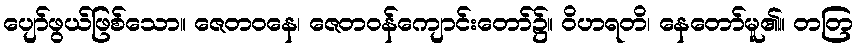
ပျော်ဖွယ်ဖြစ်သော။ ဇေတဝနေ၊ ဇေတဝန်ကျောင်းတော်၌။ ဝိဟရတိ၊ နေတော်မူ၏။ တတြ